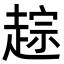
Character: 𬦓